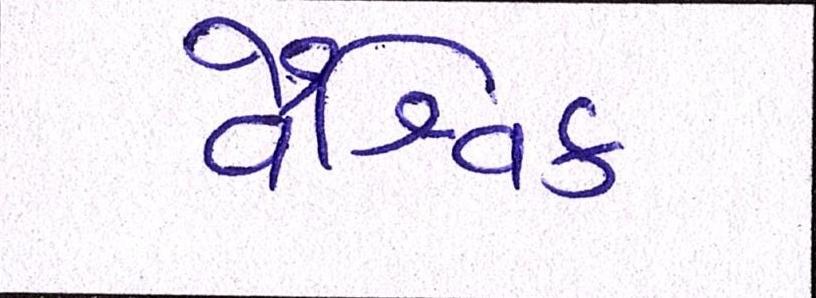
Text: વૈશ્વિક